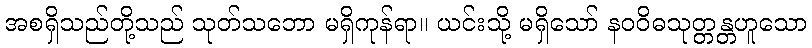
အစရှိသည်တို့သည် သုတ်သဘော မရှိကုန်ရာ။ ယင်းသို့ မရှိသော် နဝဝိဓသုတ္တန္တဟူသော